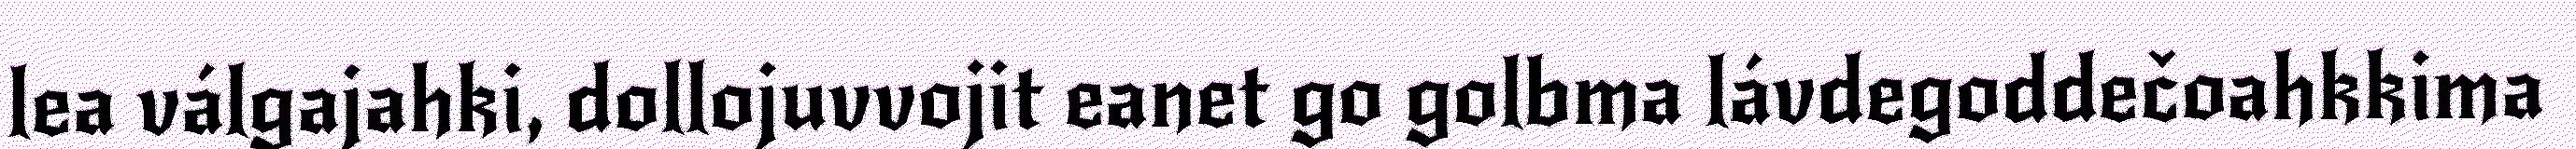
lea válgajahki, dollojuvvojit eanet go golbma lávdegoddečoahkkima